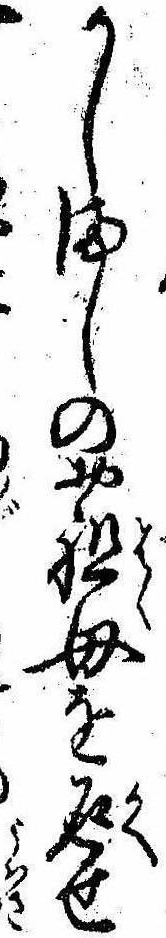
かしましのお祖母を返せ